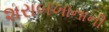
શરાબખાનાની